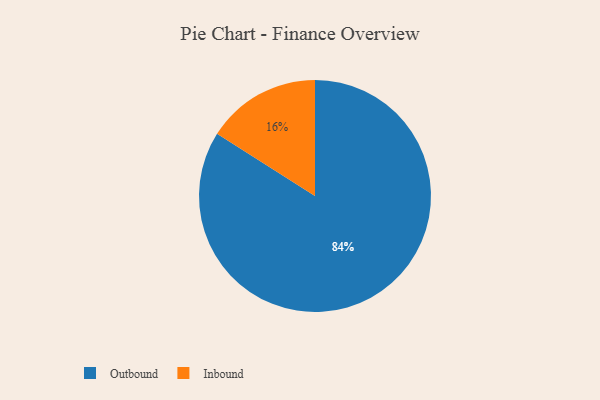
{"axis": {"x": "Category", "y": "Percentage"}, "legend": ["Inbound", "Outbound"], "data": [{"x": "Outbound", "y": 84, "type": "Outbound"}, {"x": "Inbound", "y": 16, "type": "Inbound"}]}